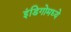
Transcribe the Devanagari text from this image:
इंडिगोमध्ये